Vaccination North-Western Provinces and Oudh 1878-1895 - 1878-1895
Year: 1878
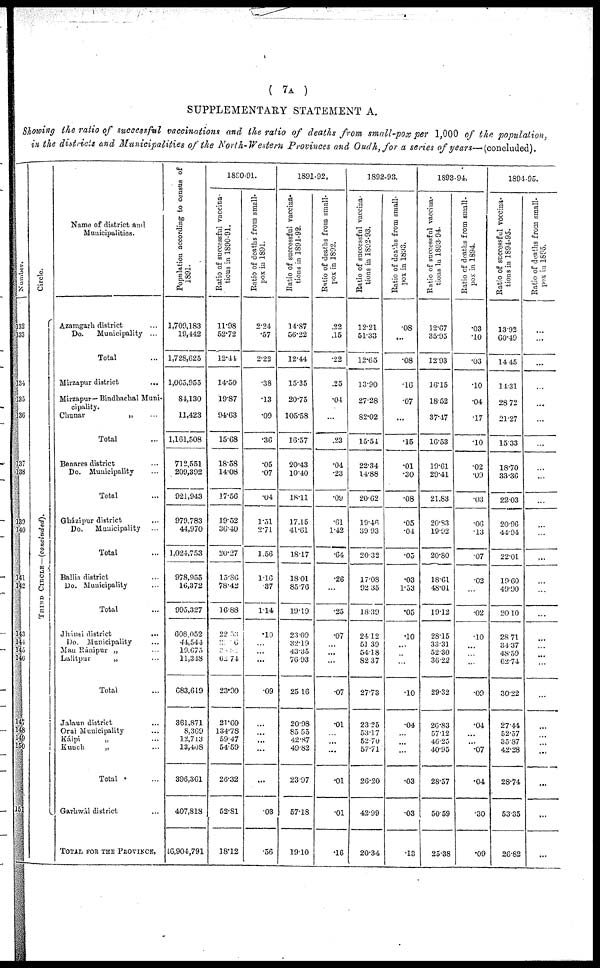
( 7A )
SUPPLEMENTARY STATEMENT A.
Showing the ratio of successful vaccinations and the ratio of deaths from small-pox per 1,000 of the population,
in the districts and Municipalities of the North-Western Provinces and Oudh, for a series of years— (concluded).
Number.
32
33
34
35
36
37
38
39
40
41
42
43
44
45
46
47
48
49
50
51
Circle.
THIRD CIRCLE—(concluded).
Name of district and
Municipalities.
Azamgarh district ...
Do.
Municipality ...
Total ...
Mirzapur district ...
Mirzapur— Bindhachal Muni-
cipality.
Clunar „ ...
Total ...
Benares district ...
Do. Municipality ...
Total ...
Gházipur district ...
Do.
Municipality ...
Total ...
Ballia district ...
Do. Municipality ...
Total ...
Jhánsi district ...
Do. Municipality ...
Mau Ránipur „ ...
Lalitpur
„ ...
Total ...
Jalaun district ...
Orai Municipality ...
Kálpi
„ ...
Kunch
„ ...
Total ...
Garhwál district ...
TOTAL FOR THE PROVINCE,
Population according to census of
1891.
1,709,183
19,442
1,728,625
1,065,955
84,130
11,423
1,161,508
712,551
209,392
921,943
979,783
44,970
1,024,753
978,955
16,372
995,327
608,052
44,544
19,675
11,348
683,619
361,871
8,369
12,713
13,408
396,361
407,818
46,904,791
1890-91.
Ratio of successful vaccina-
tions in 1890-91.
11.98
52.72
12.44
14.50
19.87
94.63
15.68
18.58
14.08
17.56
19.52
36.40
20.27
15.86
78.42
16.88
22.53
22.36
32.20
62.74
23.90
21.60
134.78
59.47
54.59
26.32
52.81
18.12
Ratio of deaths from small-
pox in 1891.
2.24
.57
2.22
.38
.13
.09
.36
.05
.07
.04
1.31
2.71
1.56
1.16
.37
1.14
.10
...
...
...
.09
...
...
...
...
...
.03
.56
1891-92.
Ratio of successful vaccina-
tions in 1891-92.
14.87
56.22
12.44.
15.35
20.75
105.58
16.57
20.43
10.40
18.11
17.15
41.61
18.17
18.01
85.76
19.19
23.09
32.19
43.35
76.93
25.16
20.98
85.55
42.87
49.82
23.97
57.18
19.10
Ratio of deaths from small-
pox in 1892.
.22
.15
.22
.25
.04
...
.23
.04
.23
.09
.61
1.42
.64
.26
...
.25
.07
...
...
...
.07
.01
...
...
...
.01
.01
.16
1892-93.
Ratio of successful vaccina-
tions in 1892-93.
12.21
51.33
12.65
13.90
27.28
82.02
15.54
22.34
14.88
20.62
19.46
39.93
20.32
17.08
92.35
18.39
24.12
51.39
54.18
82.37
27.73
23.25
53.17
52.70
57.71
26.20
42.99
20.34
Ratio of deaths from small-
pox in 1893.
.08
...
.08
.16
.07
...
.15
.01
.30
.08
.05
.04
.05
.03
1.33
.05
.10
...
...
...
.10
.04
...
...
...
.03
.03
.13
1893-94.
Ratio of successful vaccina-
tions in 1893-94.
12.67
35.95
12.93
16.15
18.52
37.47
16.53
19.61
29.41
21.83
20.83
19.92
20.80
18.61
48.01
19.12
28.15
33.31
52.30
36.22
29 32
26.83
57.12
46.25
40.95
28.57
50.59
25.38
Ratio of deaths from small-
pox in 1894.
.03
.10
.03
.10
.04
.17
.10
.02
.09
.03
.06
.13
.07
.02
...
.02
.10
...
...
...
.09
.04
...
...
.07
.04
.30
.09
1894-95.
Ratio of successful voccina-
tions in 1894-95.
13.92
60.49
14.45
14.31
28.72
21.27
15.33
18.70
33.36
22.03
20.96
44.94
22.01
19.60
49.90
20.10
28.71
34.37
48.59
62.74
30.22
27.44
52.57
35.87
42.28
28.74
53.35
26.82
Ratio of deaths from small-
pox in 1895.
...
...
...
...
...
...
...
...
...
...
...
...
...
...
...
...
...
...
...
...
...
...
...
...
...
...
...
...